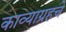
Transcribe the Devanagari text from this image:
काव्याग्रहचे